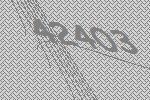
42403